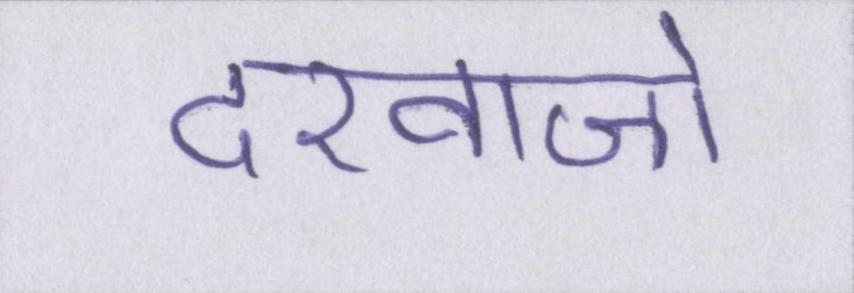
दरवाजो